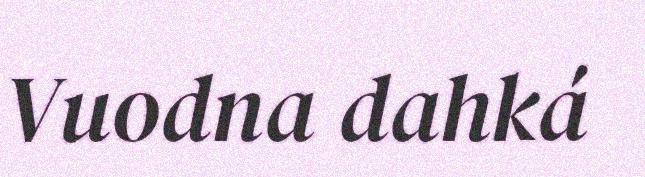
Vuodna dahká